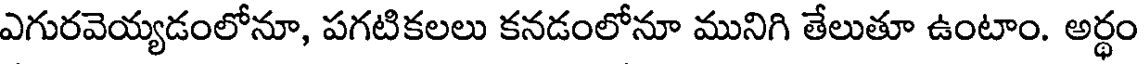
ఎగురవెయ్యడంలోనూ, పగటికలలు కనడంలోనూ మునిగి తేలుతూ ఉంటాం. అర్థం